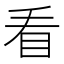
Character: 看